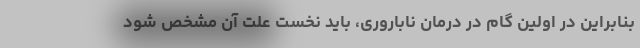
بنابراین در اولین گام در درمان ناباروری، باید نخست علت آن مشخص شود